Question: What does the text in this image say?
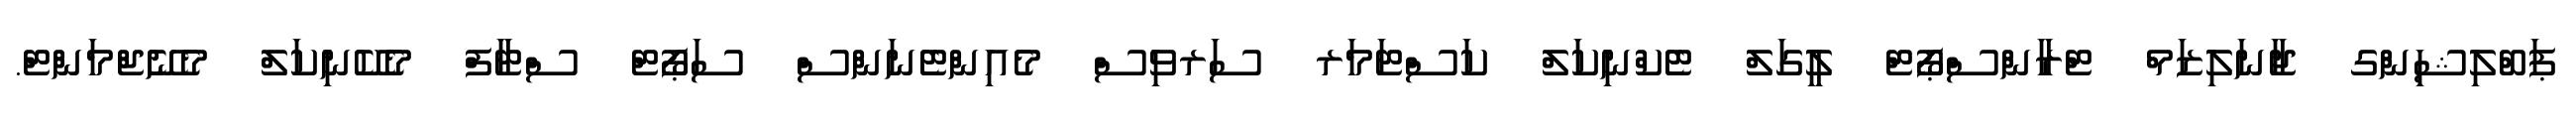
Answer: ޕަބްލިޝިންގ ޖާނަލިޒަމް ޓްރާންސްޕޯޓް ލީގަލް ޓެކްނިކަލް ކަސްޓަމަރ ސަރވިސް މެއިންޓެނަންސް ސަޕޯޓް ސްޓާފް މެކޭނިކަލް މެނޭޖްމަންޓް.